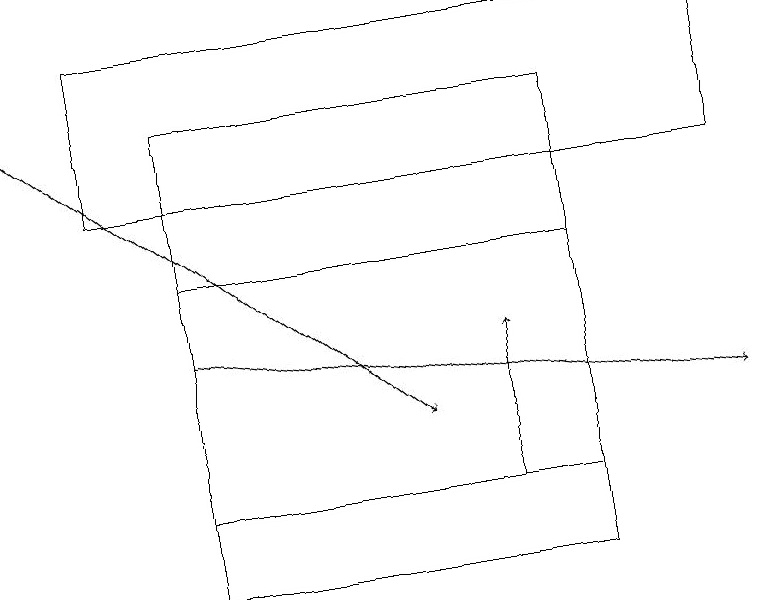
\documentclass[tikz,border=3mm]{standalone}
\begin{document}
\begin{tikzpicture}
\draw[->] (2,13) -- (9,12);
\draw[->] (0,16) -- (5,12);
\draw (2,10) rectangle (7,16);
\draw (1,17) rectangle (9,15);
\draw (7,14) rectangle (2,11);
\draw[->] (6,11) -- (6,13);
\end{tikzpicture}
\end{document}